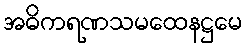
အဓိကရဏသမထေနဋ္ဌမေ